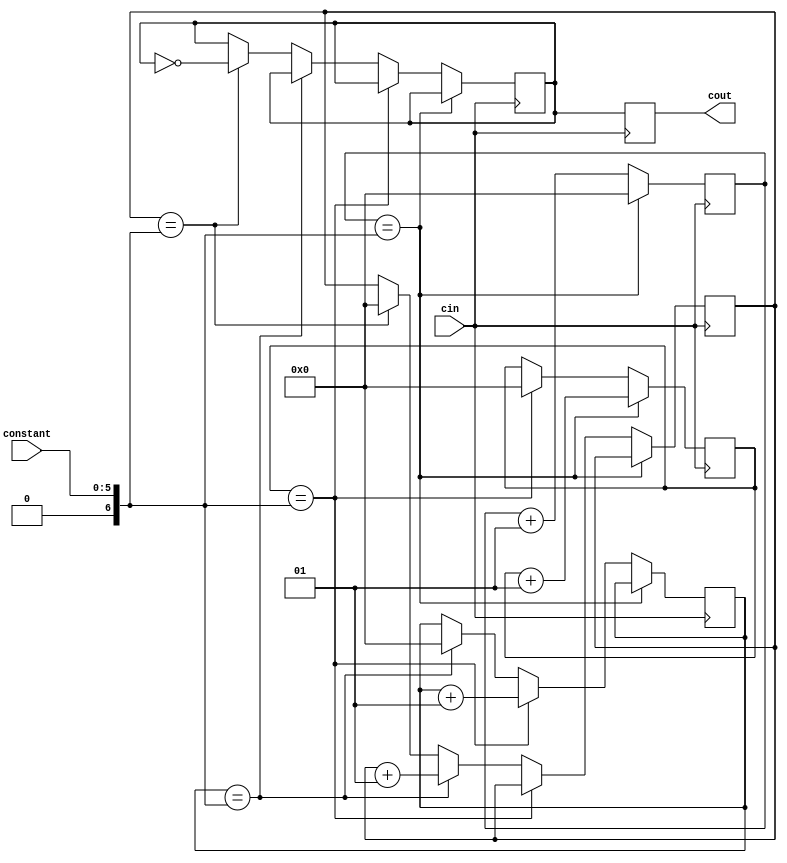
`timescale 1ns / 1ps
//////////////////////////////////////////////////////////////////////////////////
// Company: 
// Engineer: 
// 
// Design Name: 
// Module Name: clock_divider
// Project Name: 
// Target Devices: 
// Tool Versions: 
// Description: 
// 
// Dependencies: 
// 
// Revision:
// Revision 0.01 - File Created
// Additional Comments:
// 
//////////////////////////////////////////////////////////////////////////////////


module clock_divider (cout, cin, constant);
    input cin;
    input [5:0] constant;
    output cout;
    
    integer timeconst;//constant
    integer count0;
    integer count1;
    integer count2;
    integer count3;
    reg d;
    reg cout;
    
    always @(*)
        timeconst = constant;
        
    initial begin
        count0=0;
        count1=0;
        count2=0;
        count3=0;
        d = 0;
    end
    
    always @ (posedge cin )
    begin
        count0 <= (count0 + 1); 
        if ((count0 == timeconst))
        begin
            count0 <= 0;
            count1 <= (count1 + 1);
        end
        else if ((count1 == timeconst))
        begin
            count1 <= 0;
            count2 <= (count2 + 1);
        end
        else if ((count2 == timeconst))
        begin
            count2 <= 0;
            count3 <= (count3 + 1);
        end
        else if ((count3 == timeconst))
        begin
            count3 <= 0;
            d <= ~ (d);
        end
        cout <= d;
    end // end always
endmodule